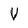
Character: V